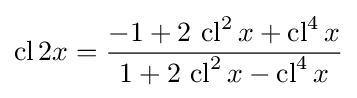
\operatorname {cl} 2x={\frac {-1+2\,\operatorname {cl} ^{2}x+\operatorname {cl} ^{4}x}{1+2\,\operatorname {cl} ^{2}x-\operatorname {cl} ^{4}x}}